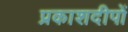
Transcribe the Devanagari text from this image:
प्रकाशदीपों